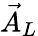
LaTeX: \vec{A}_{L}